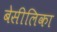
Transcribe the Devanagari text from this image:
बेसीलिका